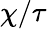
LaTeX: \chi/\tau